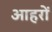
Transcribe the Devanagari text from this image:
आहरों